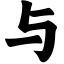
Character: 与